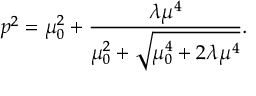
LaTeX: p ^ { 2 } = \mu _ { 0 } ^ { 2 } + { \frac { \lambda \mu ^ { 4 } } { \mu _ { 0 } ^ { 2 } + { \sqrt { \mu _ { 0 } ^ { 4 } + 2 \lambda \mu ^ { 4 } } } } } .